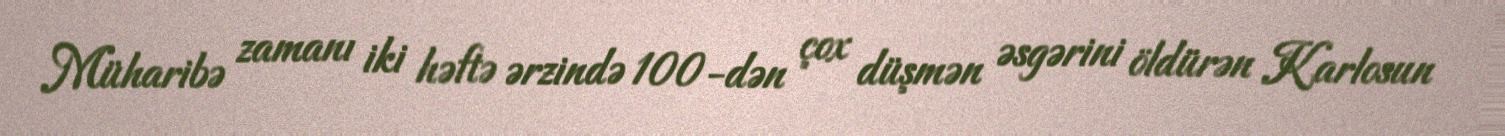
Müharibə zamanı iki həftə ərzində 100-dən çox düşmən əsgərini öldürən Karlosun